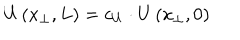
U \left( x _ { \perp } , L \right) = c _ { U } \cdot U \left( x _ { \perp } , 0 \right)